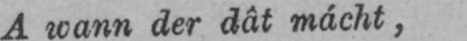
A wann der dât mácht,